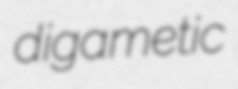
digametic